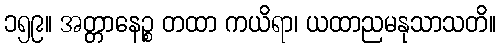
၁၅၉။ အတ္တာနေဉ္စ တထာ ကယိရာ၊ ယထာညမနုသာသတိ။